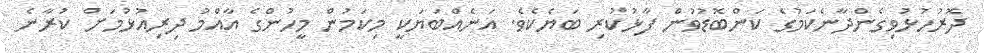
ދޮރުހުޅުވިގެންދާނެކަމުގެ ކަންބޮޑުވުން ފާޅުކުރި ބަޔެކެވެ. އަނެއްބަޔަކީ މިކަމުން މީހުންގެ އާއްމު ދިރިއުޅުމަށް ކުރާނެ